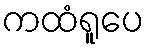
ကထံရူပေ